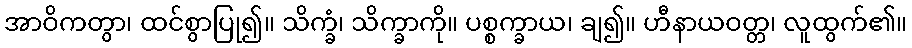
အာဝိကတွာ၊ ထင်စွာပြု၍။ သိက္ခံ၊ သိက္ခာကို။ ပစ္စက္ခာယ၊ ချ၍။ ဟီနာယဝတ္တ၊ လူထွက်၏။